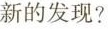
新的发现?